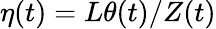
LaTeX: \eta(t)=L\theta(t)/Z(t)